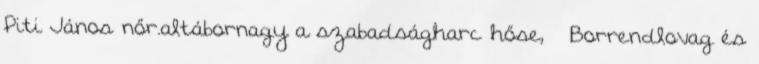
Piti János nőr.altábornagy a szabadságharc hőse, – Borrendlovag és